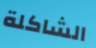
الشاكلة